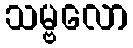
သမ္ဗလော